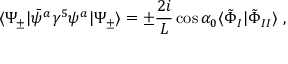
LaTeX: \langle \Psi _ { \pm } | \bar { \psi } ^ { a } \gamma ^ { 5 } \psi ^ { a } | \Psi _ { \pm } \rangle = \pm \frac { 2 i } { L } \cos \alpha _ { 0 } \langle \tilde { \Phi } _ { I } | \tilde { \Phi } _ { I I } \rangle \ ,